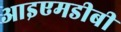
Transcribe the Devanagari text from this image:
आइएमडीबी